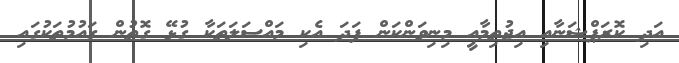
އަދި ކޮރަޕްޝަނާއި އިޖުތިމާއީ މިނިވަންކަން ފަދަ އެކި މައްސަލަތަކާ ގުޅޭ ގޮތުން ގައުމުތަކުގައި